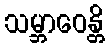
သမ္ဘာဝေန္တိ